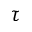
\tau